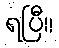
ရပြီ။